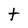
Character: t